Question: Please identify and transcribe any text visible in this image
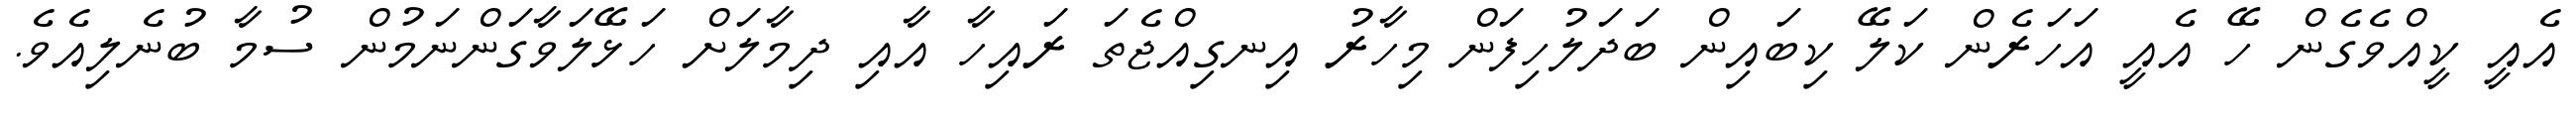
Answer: އެއީ ކީއްވެގެން ހޭ އެއީ އަހަރެން ކަލޭ ކިބައިން ބަދަލުހިފަން މިހާރު އިނގިއްޖެތަ ރައިހާ އާއި ދިމާލަށް ހަޅޭލަވާގަންނަމުން ސުމާ ބުނެލިއެވެ.